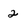
Character: 2